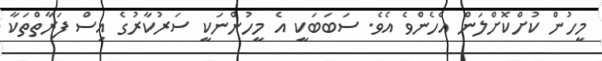
މީހުން ކުށްކޮށްލަން އެހެންވެ އެވެ. ސަބަބަކީ އެ މީހުންނަކީ ސަރުކާރުގެ އިސް ފަރާތްތަކާ